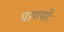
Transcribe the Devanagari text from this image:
पाण्योः